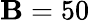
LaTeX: \mathbf{B}=50